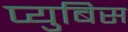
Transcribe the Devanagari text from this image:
प्युबिस